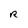
Character: R